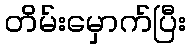
တိမ်းမှောက်ပြီး